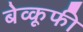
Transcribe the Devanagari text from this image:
बेव्कूफी